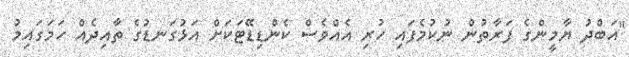
"އަބްދު ޔާމީންގެ ފަރާތުން ނުކުމެފައި ހުރި އެއްވެސް ކެންޑިޑޭޓަކަށް އަޅުގަނޑުގެ ތާއިދެއް ހަމަގައިމު